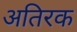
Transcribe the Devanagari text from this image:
अतिरक